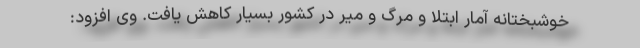
خوشبختانه آمار ابتلا و مرگ و میر در کشور بسیار کاهش یافت. وی افزود: